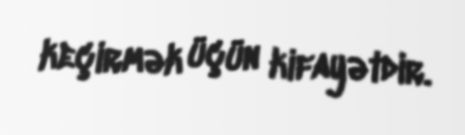
keçirmək üçün kifayətdir.